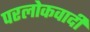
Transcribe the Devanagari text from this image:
परलोकवादी